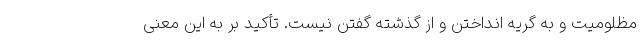
مظلومیت و به گریه انداختن و از گذشته گفتن نیست. تأکید بر به این معنی